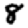
Digit: 8